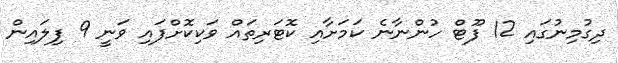
ދިގުމިނުގައި 12 ފޫޓް ހުންނާނެ ކަމަށާއި ކޮޓަރިތައް ވަކިކޮށްފައި ވަނީ 9 ފިލައިން